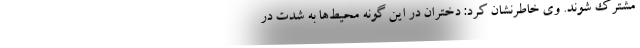
مشترک شوند. وی خاطرنشان کرد: دختران در این گونه محیط‌ها به شدت در